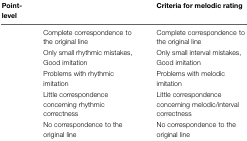
<table><thead><tr><td><b>Point-level</b></td><td>[EMPTY_CELL]</td><td><b>Criteria for melodic rating</b></td></tr></thead><tbody><tr><td>[EMPTY_CELL]</td><td>Complete correspondence to the original line</td><td>Complete correspondence to the original line</td></tr><tr><td>[EMPTY_CELL]</td><td>Only small rhythmic mistakes, Good imitation</td><td>Only small interval mistakes, Good imitation</td></tr><tr><td>[EMPTY_CELL]</td><td>Problems with rhythmic imitation</td><td>Problems with melodic imitation</td></tr><tr><td>[EMPTY_CELL]</td><td>Little correspondence concerning rhythmic correctness</td><td>Little correspondence concerning melodic/interval correctness</td></tr><tr><td>[EMPTY_CELL]</td><td>No correspondence to the original line</td><td>No correspondence to the original line</td></tr></tbody></table>